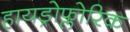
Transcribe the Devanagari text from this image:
हायड्रोफ्लोरिक